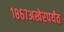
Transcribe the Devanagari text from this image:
१८६७अखेरपर्यंत